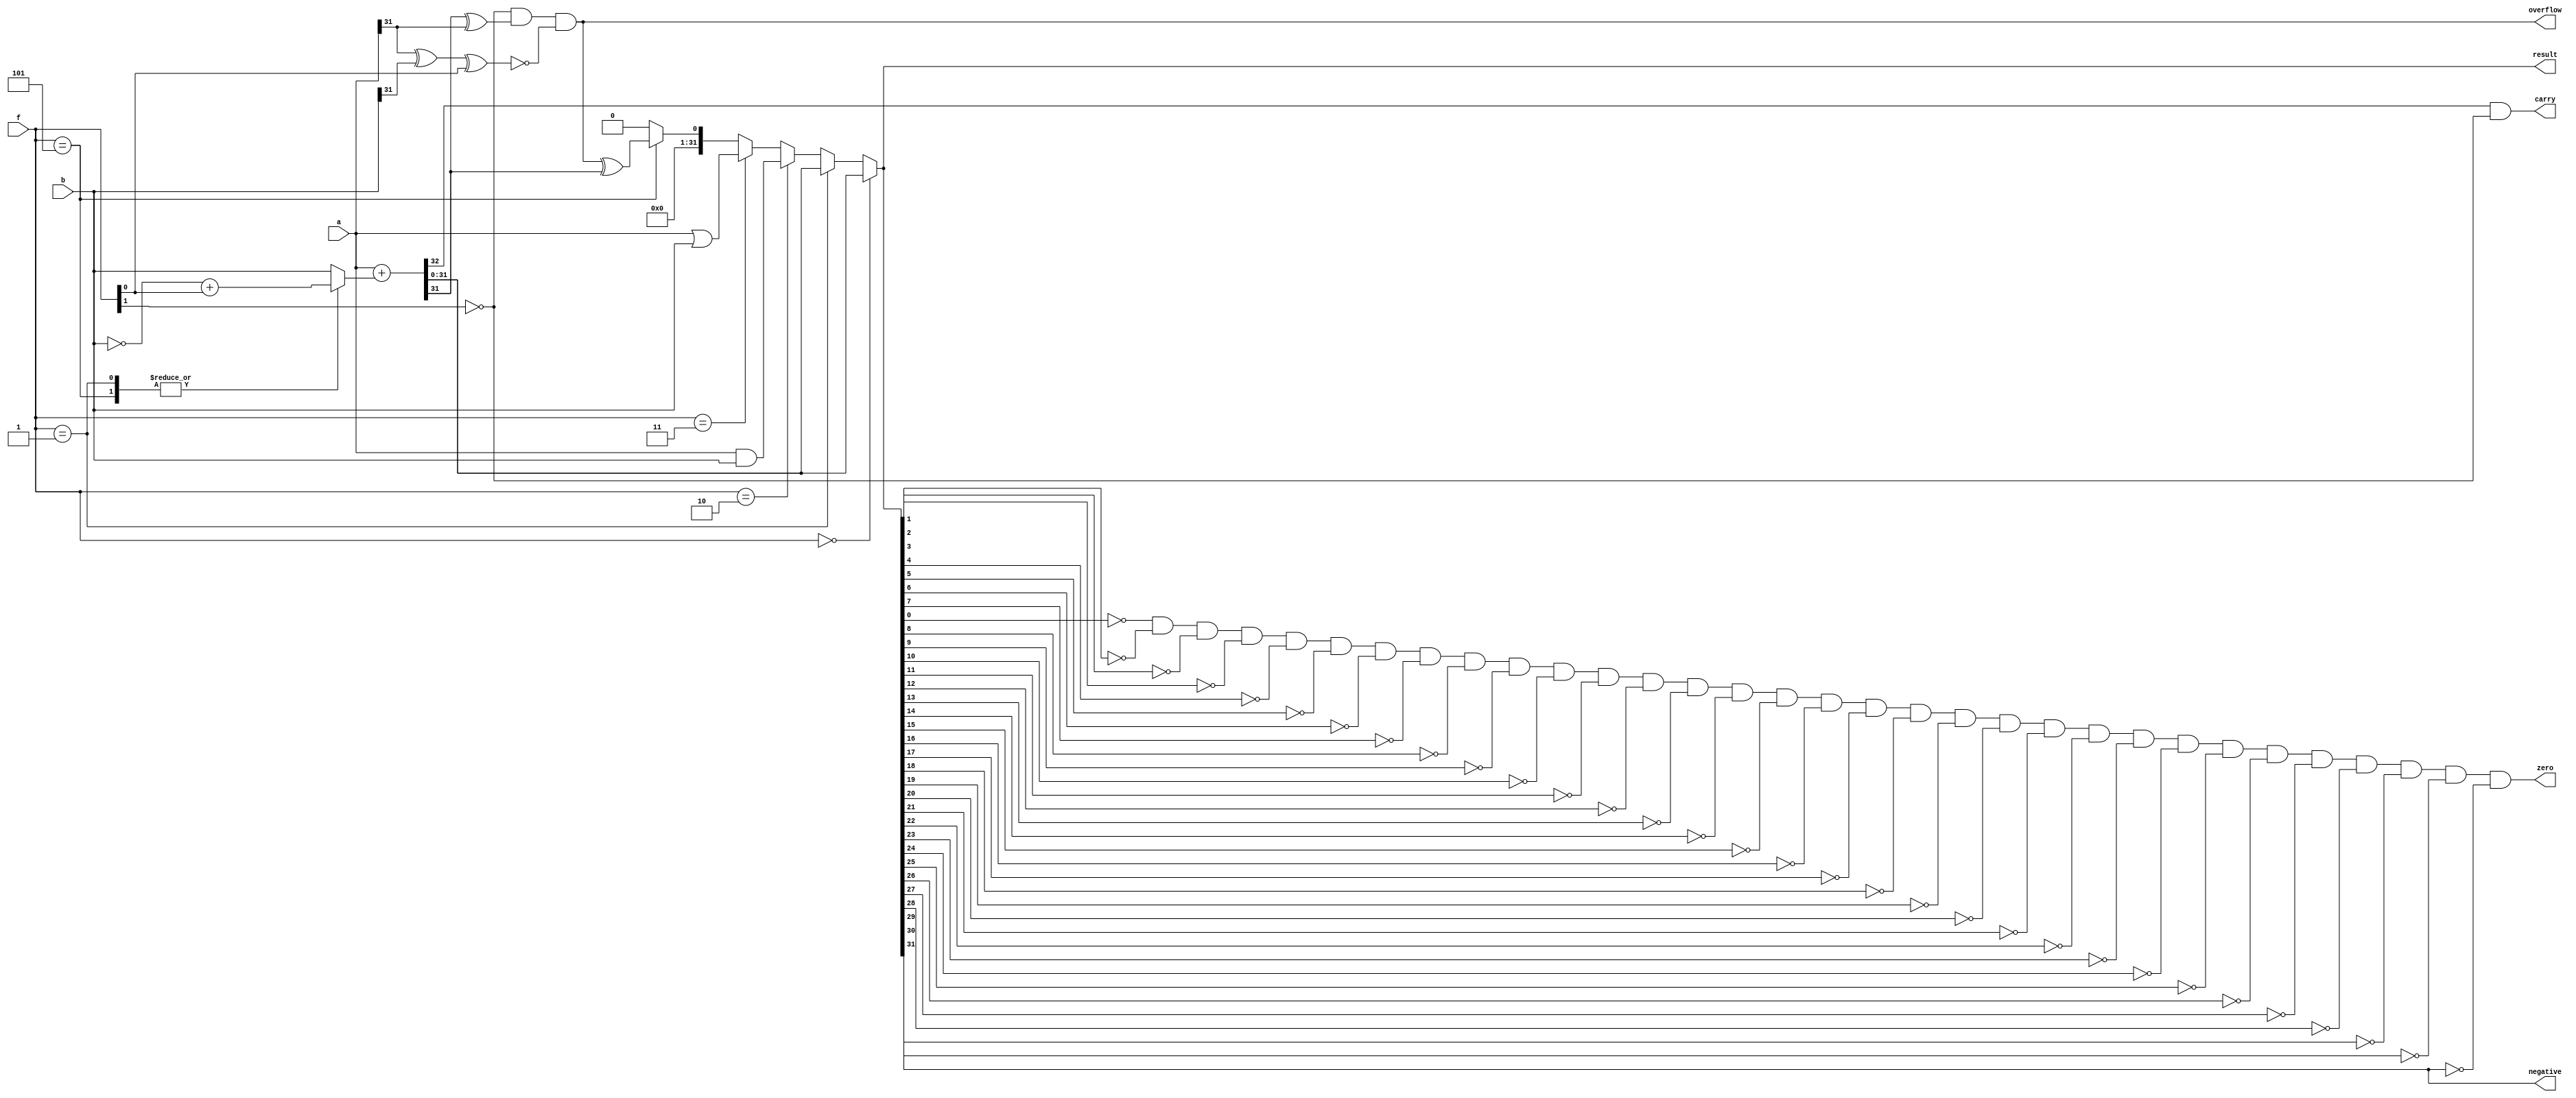
module alu(input [31:0] a, b,
	input [2:0] f,
	output [31:0] result,
	output zero,
	output overflow,
	output carry,
	output negative);

	wire [31:0] adder;
	wire [31:0] and_res;
	wire [31:0] or_res;
	wire [31:0] slt_res;
	wire car;
	reg [31:0] b_wire;
	always @(*) begin
		case (f)
			3'b000:  b_wire = b;
			3'b001:  b_wire = ~b+f[0];
			3'b101:  b_wire = ~b+f[0];
			default: b_wire = b;
		endcase
	end
	assign {car,adder} = a + (b_wire);
	assign and_res = a & b;
	assign or_res = a | b;

	assign negative = result[31];
	assign zero = (~result[0] & ~result[1] & ~result[2] & ~result[3] & ~result[4] & ~result[5] & ~result[6] & ~result[7] &
   		~result[8] & ~result[9] & ~result[10] & ~result[11] & ~result[12] & ~result[13] & ~result[14] & ~result[15] &
   		~result[16] & ~result[17] & ~result[18] & ~result[19] & ~result[20] & ~result[21] & ~result[22] & ~result[23] &
   		~result[24] & ~result[25] & ~result[26] & ~result[27] & ~result[28] & ~result[29] & ~result[30] & ~result[31]);
	assign carry = (car& ~f[1]);
	assign overflow = ((~f[1]) & (adder[31] ^ a[31]) & ~(a[31] ^ b[31] ^ f[0]));
	assign slt_res = (overflow ^ adder[31]);
	assign result = (f == 3'b000) ? adder:
                 	(f == 3'b001) ? adder:
                 	(f == 3'b010) ? and_res:
                 	(f == 3'b011) ? or_res :
                 	(f == 3'b101) ? slt_res : 32'b0;
endmodule